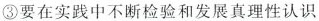
③要在实践中不断检验和发展真理性认识